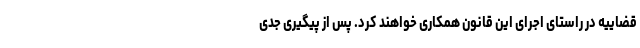
قضاییه در راستای اجرای این قانون همکاری خواهند کرد. پس از پیگیری جدی